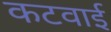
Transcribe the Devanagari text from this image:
कटवाई